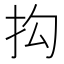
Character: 抅